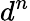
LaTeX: d^{n}